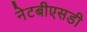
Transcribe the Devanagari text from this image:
नेटबीएसडी